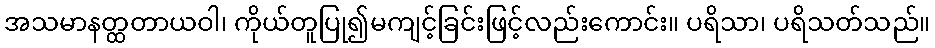
အသမာနတ္ထတာယဝါ၊ ကိုယ်တူပြု၍မကျင့်ခြင်းဖြင့်လည်းကောင်း။ ပရိသာ၊ ပရိသတ်သည်။